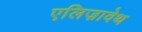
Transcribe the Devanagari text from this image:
एलिज़ावेथ